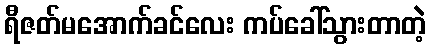
ရီဇတ်မအောက်ခင်လေး ကပ်ခေါ်သွားတာတဲ့